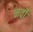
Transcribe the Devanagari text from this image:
नर्वो